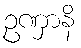
ဥဏှာနိ